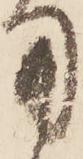
用